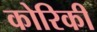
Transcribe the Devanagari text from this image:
कोरिकी